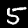
Digit: 5